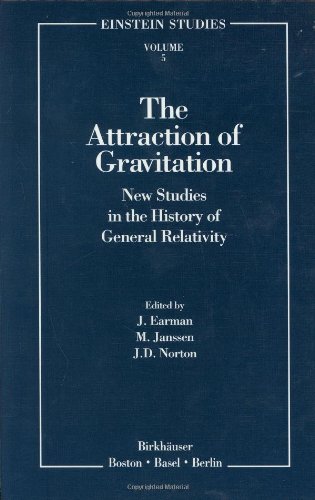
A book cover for The Attraction of Gravitation: New Studies in the History of General Relativity (Einstein Studies); Science & Math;